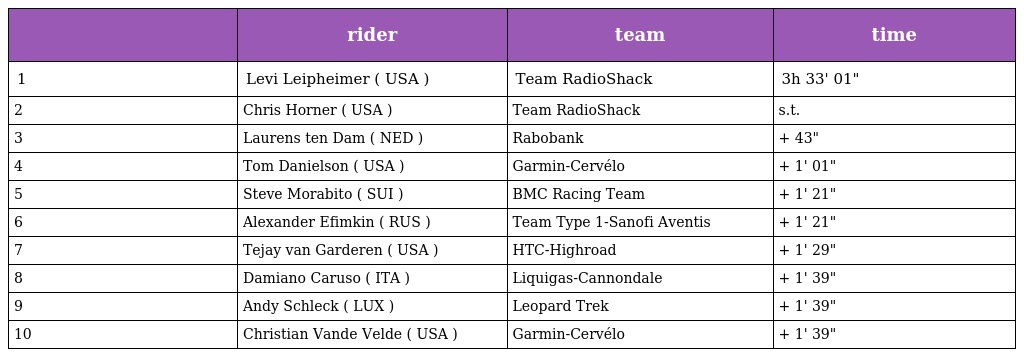
|  | rider | team | time |
 | --- | --- | --- | --- |
 | 1 | Levi Leipheimer ( USA ) | Team RadioShack | 3h 33' 01" |
 | 2 | Chris Horner ( USA ) | Team RadioShack | s.t. |
 | 3 | Laurens ten Dam ( NED ) | Rabobank | + 43" |
 | 4 | Tom Danielson ( USA ) | Garmin-Cervélo | + 1' 01" |
 | 5 | Steve Morabito ( SUI ) | BMC Racing Team | + 1' 21" |
 | 6 | Alexander Efimkin ( RUS ) | Team Type 1-Sanofi Aventis | + 1' 21" |
 | 7 | Tejay van Garderen ( USA ) | HTC-Highroad | + 1' 29" |
 | 8 | Damiano Caruso ( ITA ) | Liquigas-Cannondale | + 1' 39" |
 | 9 | Andy Schleck ( LUX ) | Leopard Trek | + 1' 39" |
 | 10 | Christian Vande Velde ( USA ) | Garmin-Cervélo | + 1' 39" |